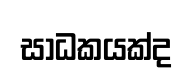
සාධකයක්ද